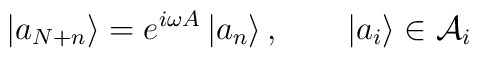
\left| a_{N+n}\right\rangle =e^{i\omega A}\left| a_{n}\right\rangle ,\qquad \left| a_{i}\right\rangle \in {\cal A}_{i}